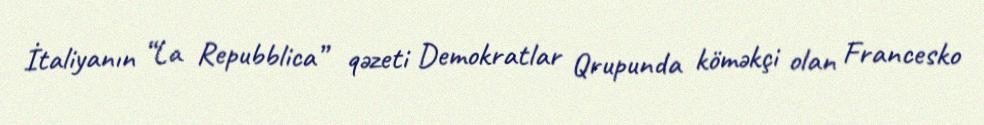
İtaliyanın “La Repubblica” qəzeti Demokratlar Qrupunda köməkçi olan Francesko